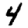
Digit: 4